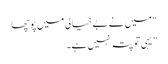
“میں نے بے خیالی میں پوچھا
” یہی تو پتہ نہیں ہے۔